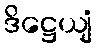
ဒိဋ္ဌေယျံ